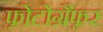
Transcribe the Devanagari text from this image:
फ़ोटोग्रैफ़र